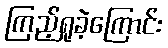
ကြည့်ရှုခဲ့ကြောင်း